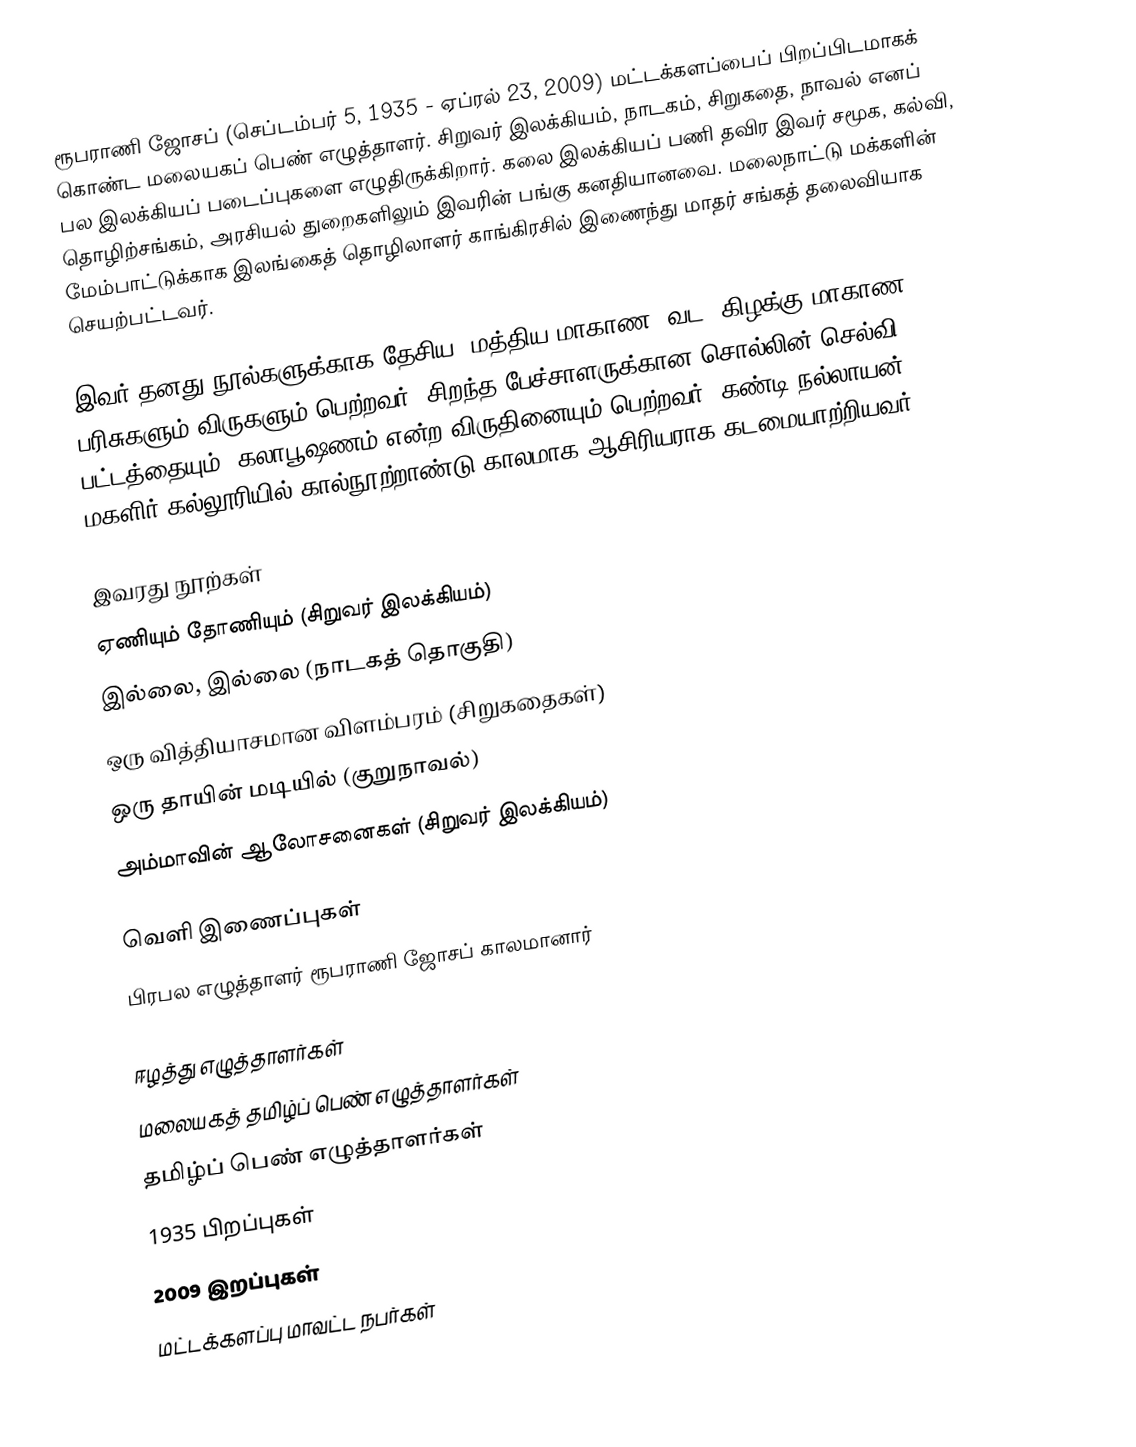
ரூபராணி ஜோசப் (செப்டம்பர் 5, 1935 - ஏப்ரல் 23, 2009) மட்டக்களப்பைப் பிறப்பிடமாகக் கொண்ட மலையகப் பெண் எழுத்தாளர். சிறுவர் இலக்கியம், நாடகம், சிறுகதை, நாவல் எனப் பல இலக்கியப் படைப்புகளை எழுதிருக்கிறார். கலை இலக்கியப் பணி தவிர இவர் சமூக, கல்வி, தொழிற்சங்கம், அரசியல் துறைகளிலும் இவரின் பங்கு கனதியானவை. மலைநாட்டு மக்களின் மேம்பாட்டுக்காக இலங்கைத் தொழிலாளர் காங்கிரசில் இணைந்து மாதர் சங்கத் தலைவியாக செயற்பட்டவர்.

இவர் தனது நூல்களுக்காக தேசிய, மத்திய மாகாண, வட, கிழக்கு மாகாண பரிசுகளும் விருகளும் பெற்றவர். சிறந்த பேச்சாளருக்கான சொல்லின் செல்வி பட்டத்தையும், கலாபூஷணம் என்ற விருதினையும் பெற்றவர். கண்டி நல்லாயன் மகளிர் கல்லூரியில் கால்நூற்றாண்டு காலமாக ஆசிரியராக கடமையாற்றியவர்.

இவரது நூற்கள்
 ஏணியும் தோணியும் (சிறுவர் இலக்கியம்)
 இல்லை, இல்லை (நாடகத் தொகுதி)
 ஒரு வித்தியாசமான விளம்பரம் (சிறுகதைகள்)
 ஒரு தாயின் மடியில் (குறுநாவல்)
 அம்மாவின் ஆலோசனைகள் (சிறுவர் இலக்கியம்)

வெளி இணைப்புகள்
 பிரபல எழுத்தாளர் ரூபராணி ஜோசப் காலமானார்

ஈழத்து எழுத்தாளர்கள்
மலையகத் தமிழ்ப் பெண் எழுத்தாளர்கள்
தமிழ்ப் பெண் எழுத்தாளர்கள்
1935 பிறப்புகள்
2009 இறப்புகள்
மட்டக்களப்பு மாவட்ட நபர்கள்